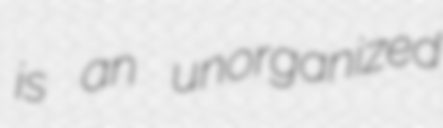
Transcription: is an unorganized